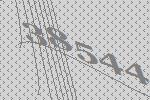
38544